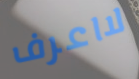
لااعرف